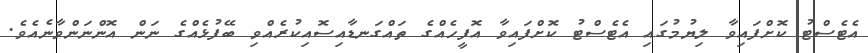
އެޓެސްޓު ކޮށްފައިވާ ލިޔުމުގައި އެޓެސްޓު ކޮށްފައިވާ އޮފީހެއްގެ ތައްގަނޑާއިސޮއިކުރެއްވި ބޭފުޅެއްގެ ނަން އޮންނަންވާނެއެވެ.